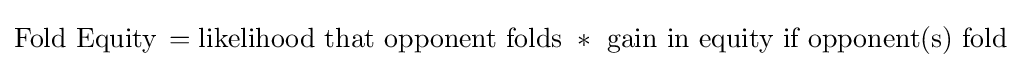
{\text{Fold Equity}}\,={\text{likelihood that opponent folds }}*{\text{ gain in equity if opponent(s) fold}}